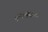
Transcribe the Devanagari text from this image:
पृथ्बीनारायन